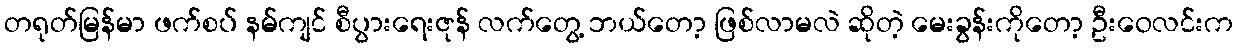
တရုတ်မြန်မာ ဖက်စပ် နမ်ကျင် စီပွားရေးဇုန် လက်တွေ့ ဘယ်တော့ ဖြစ်လာမလဲ ဆိုတဲ့ မေးခွန်းကိုတော့ ဦးဝေလင်းက